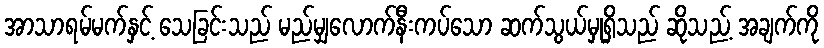
အာသာရမ်မက်နှင့် သေခြင်းသည် မည်မျှလောက်နီးကပ်သော ဆက်သွယ်မှုရှိသည် ဆိုသည့် အချက်ကို